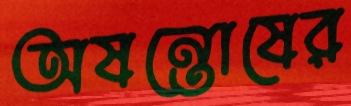
অষন্তোষের